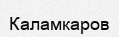
Каламкаров